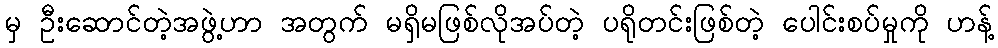
မှ ဦးဆောင်တဲ့အဖွဲ့ဟာ အတွက် မရှိမဖြစ်လိုအပ်တဲ့ ပရိုတင်းဖြစ်တဲ့ ပေါင်းစပ်မှုကို ဟန့်